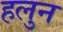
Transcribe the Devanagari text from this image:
हलुन